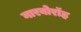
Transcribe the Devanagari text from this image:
नारबोरॉह